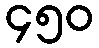
၄၅၀